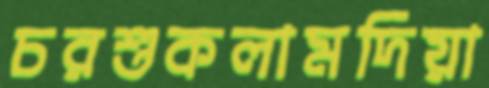
চরশুকলামদিয়া